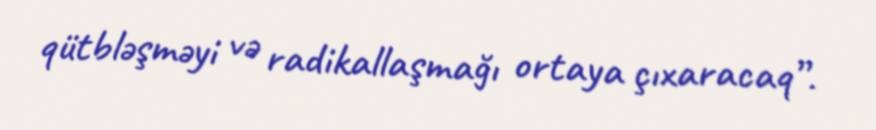
qütbləşməyi və radikallaşmağı ortaya çıxaracaq”.